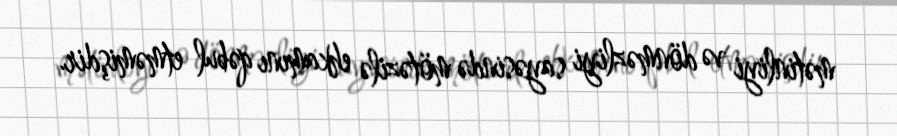
mətinliyi və dönməzliyi sayəsində mötəzilə ehkamını qəbul etməmişdir.